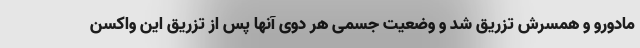
مادورو و همسرش تزریق شد و وضعیت جسمی هر دوی آنها پس از تزریق این واکسن